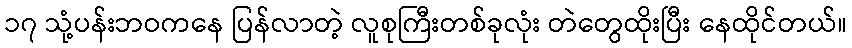
၁၇ သုံ့ပန်းဘဝကနေ ပြန်လာတဲ့ လူစုကြီးတစ်ခုလုံး တဲတွေထိုးပြီး နေထိုင်တယ်။